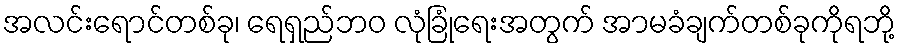
အလင်းရောင်တစ်ခု၊ ရေရှည်ဘဝ လုံခြုံရေးအတွက် အာမခံချက်တစ်ခုကိုရဘို့